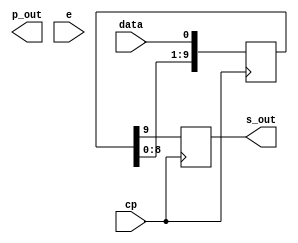
module i4003 (
    input           cp,     // clock phase input
    input           data,   // data input
    output [9:0]    p_out,  // parallel outputs
    output          s_out,  // serial output
    input           e       // enable input
);

    reg [9:0]   shift_reg;
    reg         delay_reg;

    integer i;
    always @(posedge cp) begin
        for (i = 9; i > 0; i = i - 1) begin
            shift_reg[i] <= shift_reg[i - 1];
        end
        shift_reg[0] <= data;
    end

    always @(negedge cp) begin
        delay_reg <= shift_reg[9];
    end

    assign s_out = delay_reg;

    initial begin
        shift_reg = 'b0;
        delay_reg = 'b0;
    end

endmodule